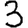
Digit: 3